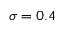
\sigma = 0 . 4